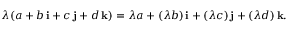
\lambda ( a + b \, \mathbf { i } + c \, \mathbf { j } + d \, \mathbf { k } ) = \lambda a + ( \lambda b ) \, \mathbf { i } + ( \lambda c ) \, \mathbf { j } + ( \lambda d ) \, \mathbf { k } .